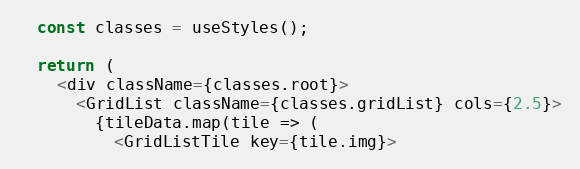
Language: JavaScript
  const classes = useStyles();

  return (
    <div className={classes.root}>
      <GridList className={classes.gridList} cols={2.5}>
        {tileData.map(tile => (
          <GridListTile key={tile.img}>